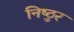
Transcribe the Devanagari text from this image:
निष्‍ठुर